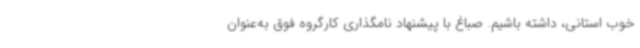
خوب استانی، داشته باشیم. صباغ با پیشنهاد نامگذاری کارگروه فوق به‌عنوان